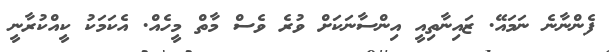
ފެންނާނެ ނަމައޭ. ޒައިނާތިއީ އިންސާނަކަށް ވުރެ ވެސް މާތް މީހެއް. އެކަމަކު ކީއްކުރާނީ